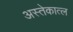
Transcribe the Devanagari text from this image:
अस्तेकात्ल